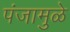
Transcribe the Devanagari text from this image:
पंजामुळे